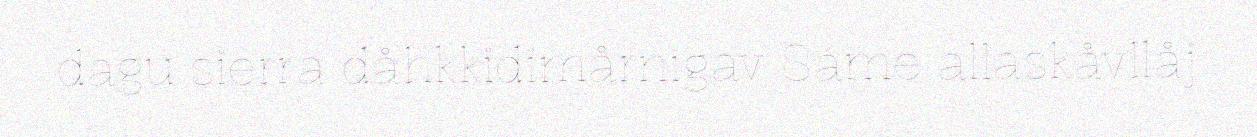
dagu sierra dåhkkidimårnigav Sáme allaskåvllåj